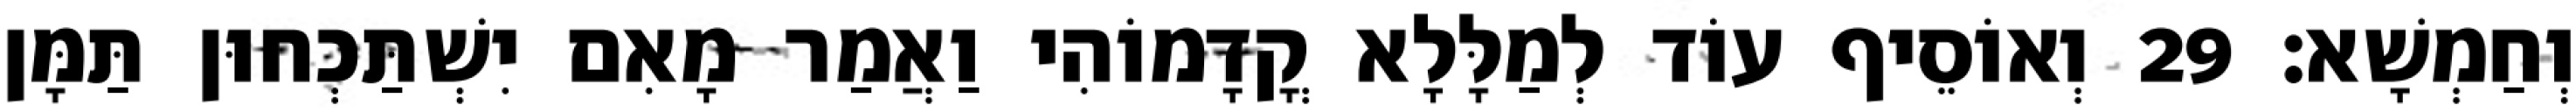
וְחַמְשָׁא׃ 29 וְאוֹסֵיף עוֹד לְמַלָּלָא קֳדָמוֹהִי וַאֲמַר מָאִם יִשְׁתַּכְחוּן תַּמָּן